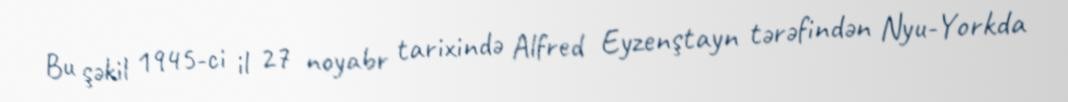
Bu şəkil 1945-ci il 27 noyabr tarixində Alfred Eyzenştayn tərəfindən Nyu-Yorkda